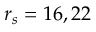
r _ { s } = 1 6 , 2 2